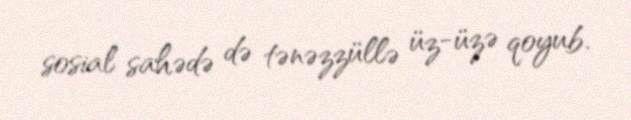
sosial sahədə də tənəzzüllə üz-üzə qoyub.